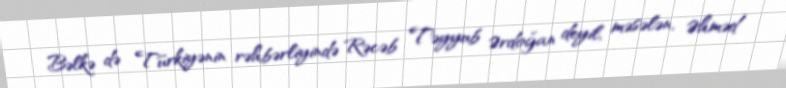
Bəlkə də Türkiyənin rəhbərliyində Rəcəb Təyyub Ərdoğan deyil, məsələn, Əhməd